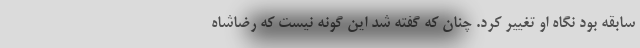
‌سابقه بود نگاه او تغییر کرد. چنان که گفته شد این گونه نیست که رضاشاه